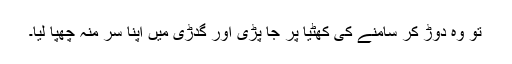
تو وہ دوڑ کر سامنے کی کھٹیا پر جا پڑی اور گدڑی میں اپنا سر منہ چھپا لیا۔